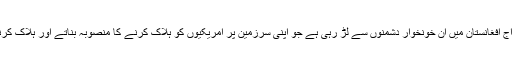
آج امریکی مسلح افواج افغانستان میں ان خونخوار دشمنوں سے لڑ رہی ہے جو اپنی سرزمین پر امریکیوں کو ہلاک کرنے کا منصوبہ بناتے اور ہلاک کرنے پر تیار ہتے ہیں۔